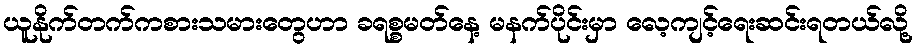
ယူနိုက်တက်ကစားသမားတွေဟာ ခရစ္စမတ်နေ့ မနက်ပိုင်းမှာ လေ့ကျင့်ရေးဆင်းရတယ်လို့